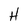
Character: H